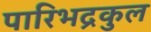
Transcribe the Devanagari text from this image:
पारिभद्रकुल